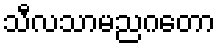
သီလသာမညဂတော